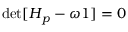
\operatorname* { d e t } [ \boldsymbol { H } _ { p } - \omega \boldsymbol { 1 } ] = 0